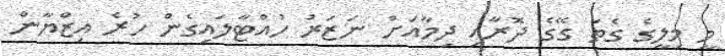
މީ މިލީގެ ގެތަ ގޭގެ ދޮރާއި ދިމާއަށް ނަޒަރު ހުއްޓާލައިގެން ހުރެ އިޒްޔާން